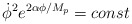
\begin{align*}\dot{\phi}^{2}e^{2\alpha\phi/M_{p}}=const\end{align*}